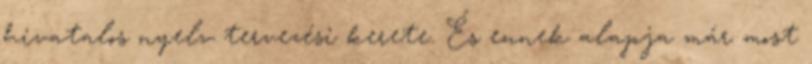
hivatalos nyelv tervezési kerete. És ennek alapja már most